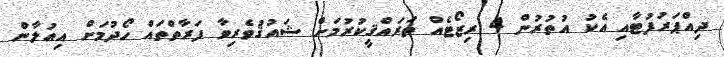
ދިއްޕަރުފުޓާއި އެކު އުތުރުން 4 ރިޒޯޓެއް ތަރައްޤީކުރުމަށް ޝައުޤުވެރިވާ ފަރާތްތައް ހޯދުމަށް އިއުލާން